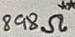
Text: 898Ω**